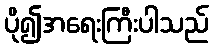
ပို၍အရေးကြီးပါသည်